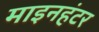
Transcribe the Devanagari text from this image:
माइनहंटर